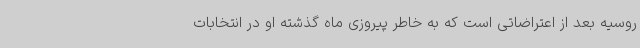
روسیه بعد از اعتراضاتی است که به خاطر پیروزی ماه گذشته او در انتخابات